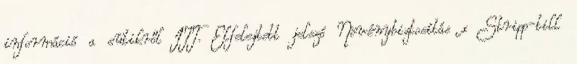
információ a sütikről ITT. Elfelejtett jelszó Növénybiztosítás x Stripp-till